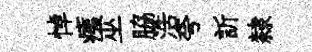
悼痍巫脇浩夸訢隸